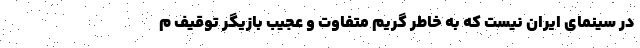
در سینمای ایران نیست که به خاطر گریم متفاوت و عجیب بازیگر توقیف م